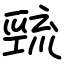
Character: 巰